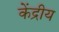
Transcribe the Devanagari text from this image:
केंद्रीय